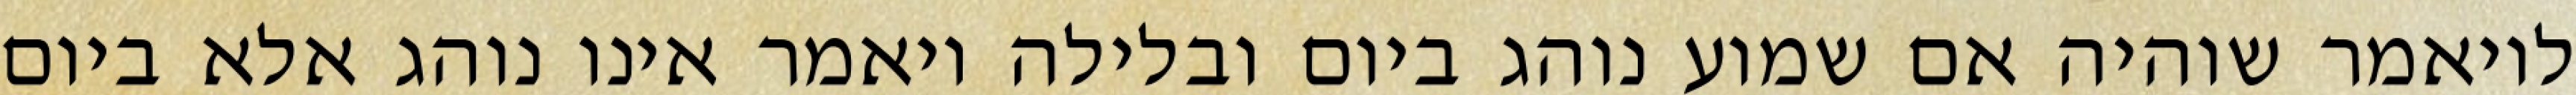
לויאמר שוהיה אם שמוע נוהג ביום ובלילה ויאמר אינו נוהג אלא ביום